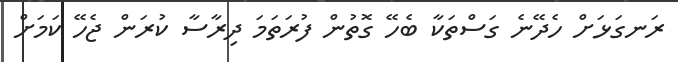
ރަނގަޅަށް ހެދޭނެ ގަސްތަކާ ބެހޭ ގޮތުން ފުރަތަމަ ދިރާސާ ކުރަން ޖެހޭ ކަމަށް